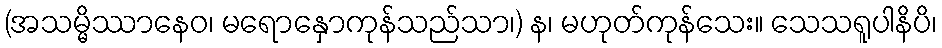
(အသမ္မိဿာနေဝ၊ မရောနှောကုန်သည်သာ၊) န၊ မဟုတ်ကုန်သေး။ သေသရူပါနိပိ၊